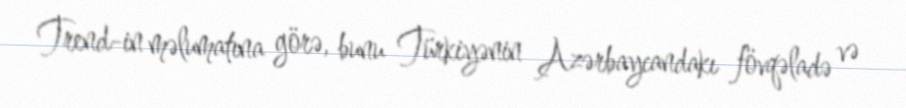
Trend-in məlumatına görə, bunu Türkiyənin Azərbaycandakı fövqəladə və